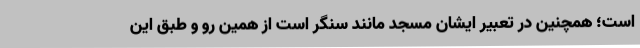
است؛ همچنین در تعبیر ایشان مسجد مانند سنگر است از همین رو و طبق این